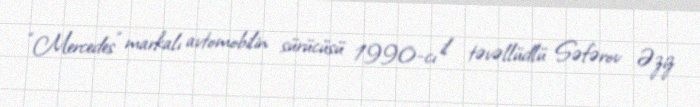
“Mercedes” markalı avtomobilin sürücüsü 1990-cı il təvəllüdlü Səfərov Əziz